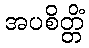
အပစိတ္တိံ